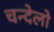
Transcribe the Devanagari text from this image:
चन्देलो